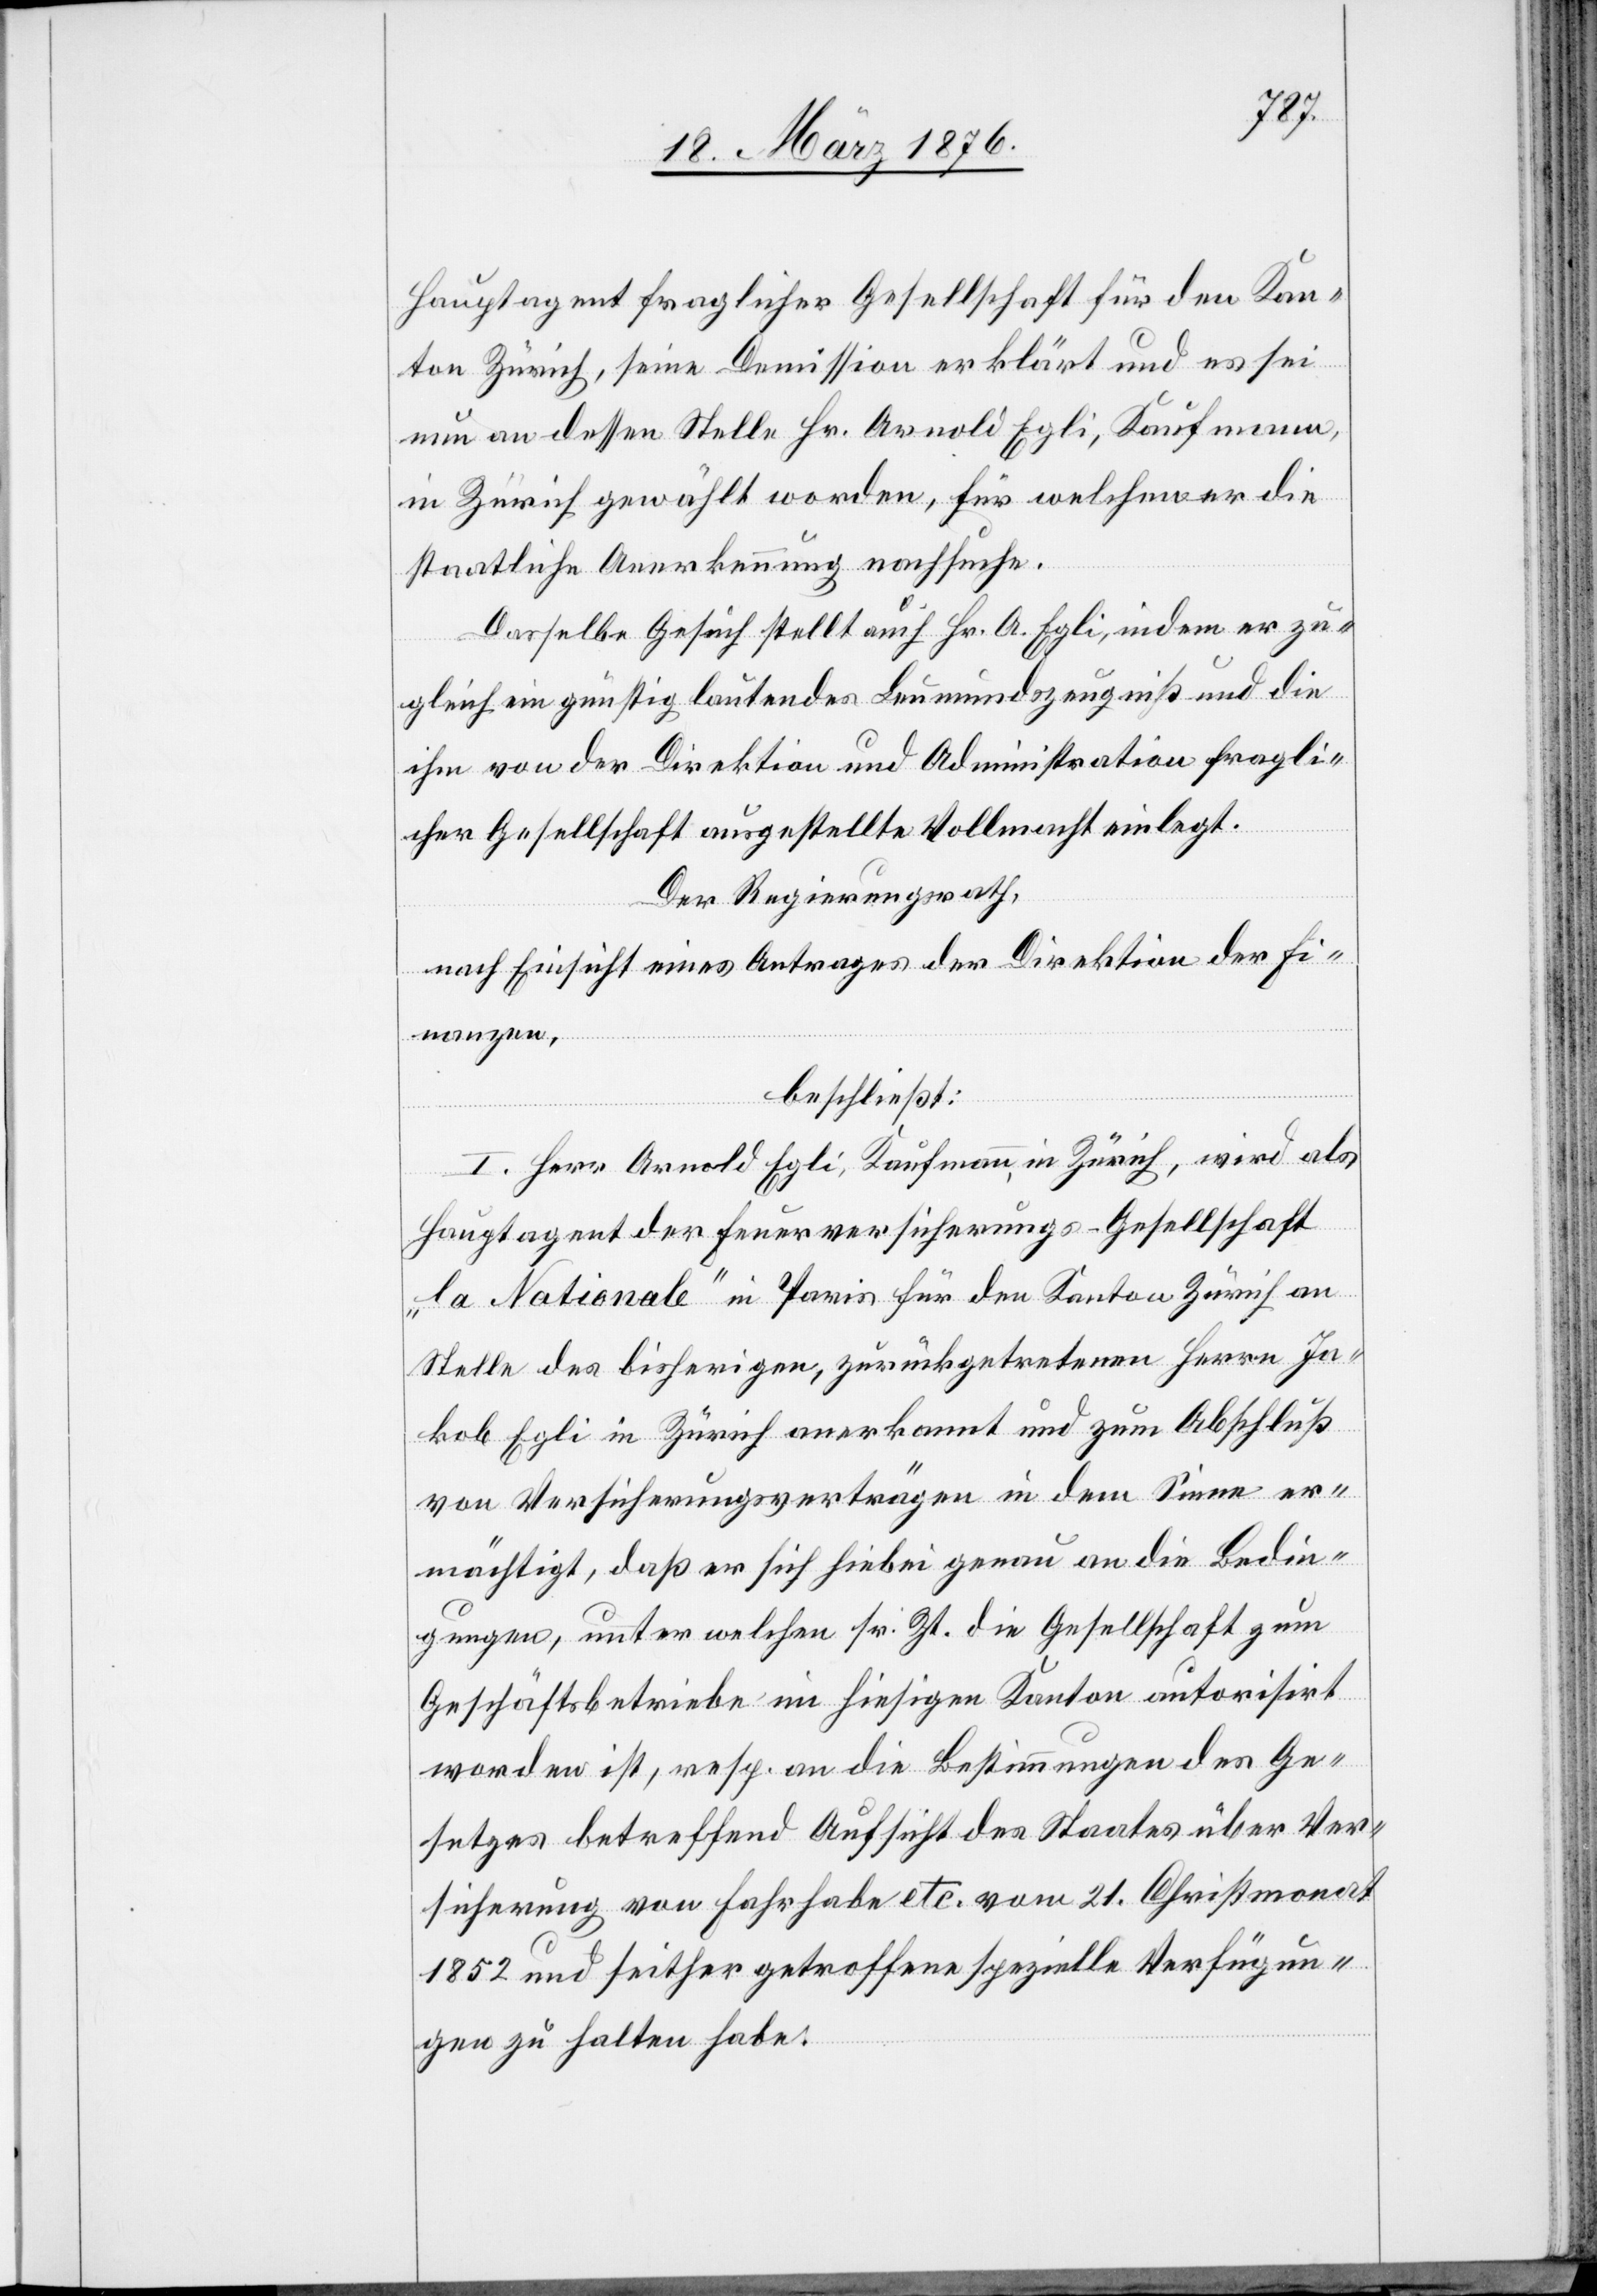
Hauptagent fraglicher Gesellschaft für den Kan¬
ton Zürich, seine Demission erklärt und es sei
nun an dessen Stelle Hr. Arnold Egli, Kaufmann,
in Zürich gewählt worden, für welchen er die
staatliche Anerkennung nachsuche.
Dasselbe Gesuch stellt auch Hr. A. Egli, indem er zu¬
gleich ein günstig lautendes Leumundszeugniß und die
ihm von der Direktion und Administration fragli¬
cher Gesellschaft ausgestellte Vollmacht einlegt.
Der Regierungsrath,
nach Einsicht eines Antrages der Direktion der Fi¬
nanzen,
beschließt:
I. Herr Arnold Egli, Kaufmann, in Zürich, wird als
Hauptagent der Feuerversicherungs-Gesellschaft
„la Nationale“ in Paris für den Kanton Zürich an
Stelle des bisherigen, zurückgetretenen Herrn Ja¬
kob Egli in Zürich anerkannt und zum Abschluß
von Versicherungsverträgen in dem Sinne er¬
mächtigt, daß er sich hiebei genau an die Bedin¬
gungen, unter welchen sr. Zt. die Gesellschaft zum
Geschäftsbetriebe im hiesigen Kanton autorisirt
worden ist, resp. an die Bestimmungen des Ge¬
setzes betreffend Aufsicht des Staates über Ver¬
sicherungen von Fahrhabe etc. vom 21. Christmonat
1852 und seither getroffene spezielle Verfügun¬
gen zu halten habe.